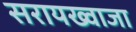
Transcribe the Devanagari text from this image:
सरायख्वाजा